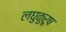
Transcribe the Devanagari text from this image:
लघुकुरूष